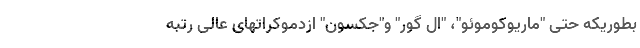
بطوریکه حتی "ماریوکوموئو"، "ال گور" و"جکسون" ازدموکراتهای عالی رتبه